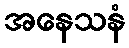
အနေသနံ